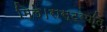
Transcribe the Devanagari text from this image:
मिले।रास्ट्रपति